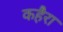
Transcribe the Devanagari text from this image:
कहैरा